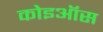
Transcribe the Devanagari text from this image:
कोइऑस